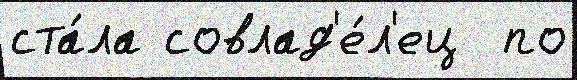
ста́ла совлад'е́л'ец  по